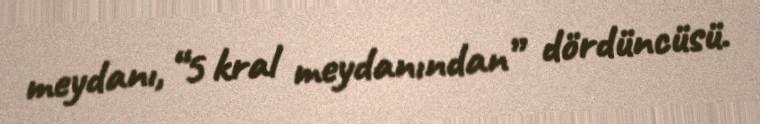
meydanı, “5 kral meydanından” dördüncüsü.